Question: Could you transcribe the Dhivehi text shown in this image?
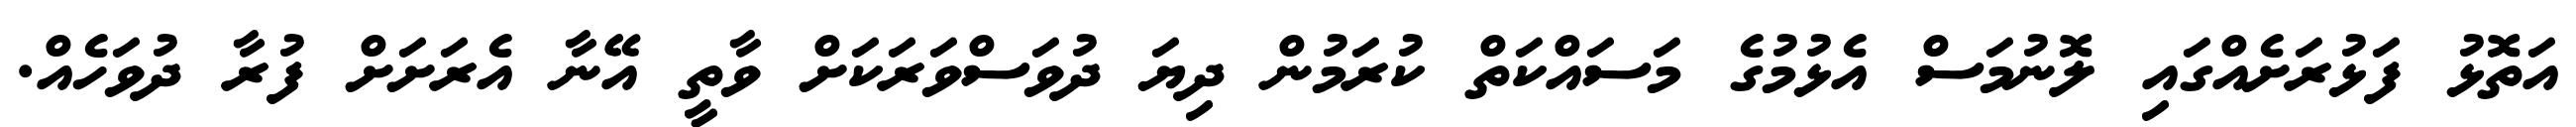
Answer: އަތޮޅު ފަޅުރަށެއްގައި ލޮނުމަސް އެޅުމުގެ މަސައްކަތް ކުރަމުން ދިޔަ ދުވަސްވަރަކަށް ވާތީ އޭނާ އެރަށަށް ފުރާ ދުވަހެއް.